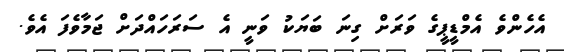
އެހެންވެ އެމްޑީޕީގެ ވަރަށް ގިނަ ބަޔަކު ވަނީ އެ ސަރަހައްދަށް ޖަމާވެފަ އެވެ.